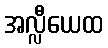
အလ္လီယေထ